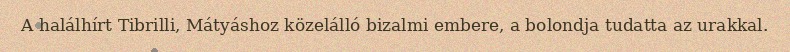
A halálhírt Tibrilli, Mátyáshoz közelálló bizalmi embere, a bolondja tudatta az urakkal.